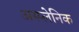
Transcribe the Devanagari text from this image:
अस्प्लेनिक